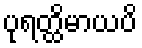
ပုရတ္ထိမာယပိ